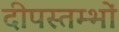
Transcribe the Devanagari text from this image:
दीपस्तम्भों